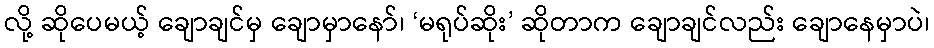
လို့ ဆိုပေမယ့် ချောချင်မှ ချောမှာနော်၊ ‘မရုပ်ဆိုး’ ဆိုတာက ချောချင်လည်း ချောနေမှာပဲ၊